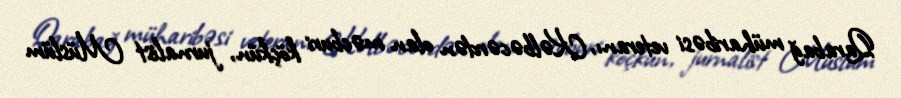
Qarabağ müharibəsi veteranı, Kəlbəcərdən olan məcburi köçkün, jurnalist Müslüm